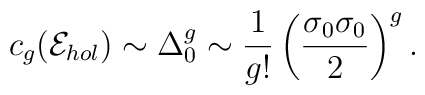
c_g({\cal E}_{hol})\sim\Delta_0^g\sim{1\over g!}\left({\sigma_0\sigma_0\over 2}\right)^g.